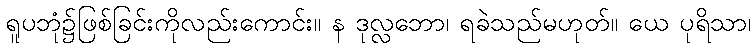
ရူပဘုံ၌ဖြစ်ခြင်းကိုလည်းကောင်း။ န ဒုလ္လဘော၊ ရခဲသည်မဟုတ်။ ယေ ပုရိသာ၊